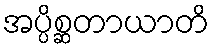
အပ္ပိစ္ဆတာယာတိ